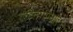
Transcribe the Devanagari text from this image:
ऐंटिलोपिनाए